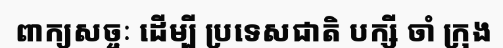
ពាក្យសច្ចៈ ដើម្បី ប្រទេសជាតិ បក្សី ចាំ ក្រុង